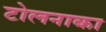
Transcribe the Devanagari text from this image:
टोलनाका